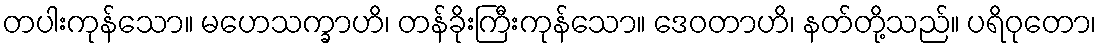
တပါးကုန်သော။ မဟေသက္ခာဟိ၊ တန်ခိုးကြီးကုန်သော။ ဒေဝတာဟိ၊ နတ်တို့သည်။ ပရိဝုတော၊